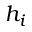
h _ { i }